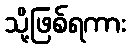
သို့ဖြစ်ရကား